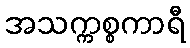
အသက္ကစ္စကာရီ